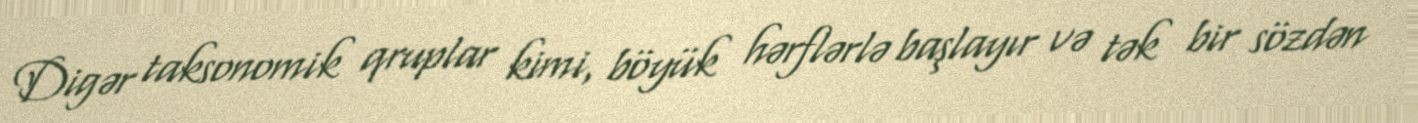
Digər taksonomik qruplar kimi, böyük hərflərlə başlayır və tək bir sözdən